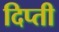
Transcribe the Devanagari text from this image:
दिप्ती